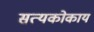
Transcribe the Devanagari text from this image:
सत्यकोकाय